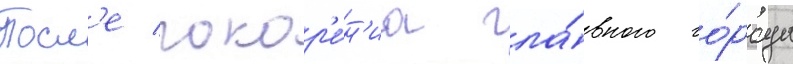
Посл'е покор'е́н'иа гла́вного го́рода